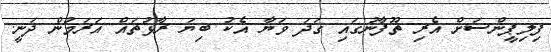
ފިލިޕީންސަށް އެރި ތޫފާނުގައި ގަދަ ވަޔާ އެކު ބިޔަ ރާޅުތައް އަރަމުން ދަނީ.